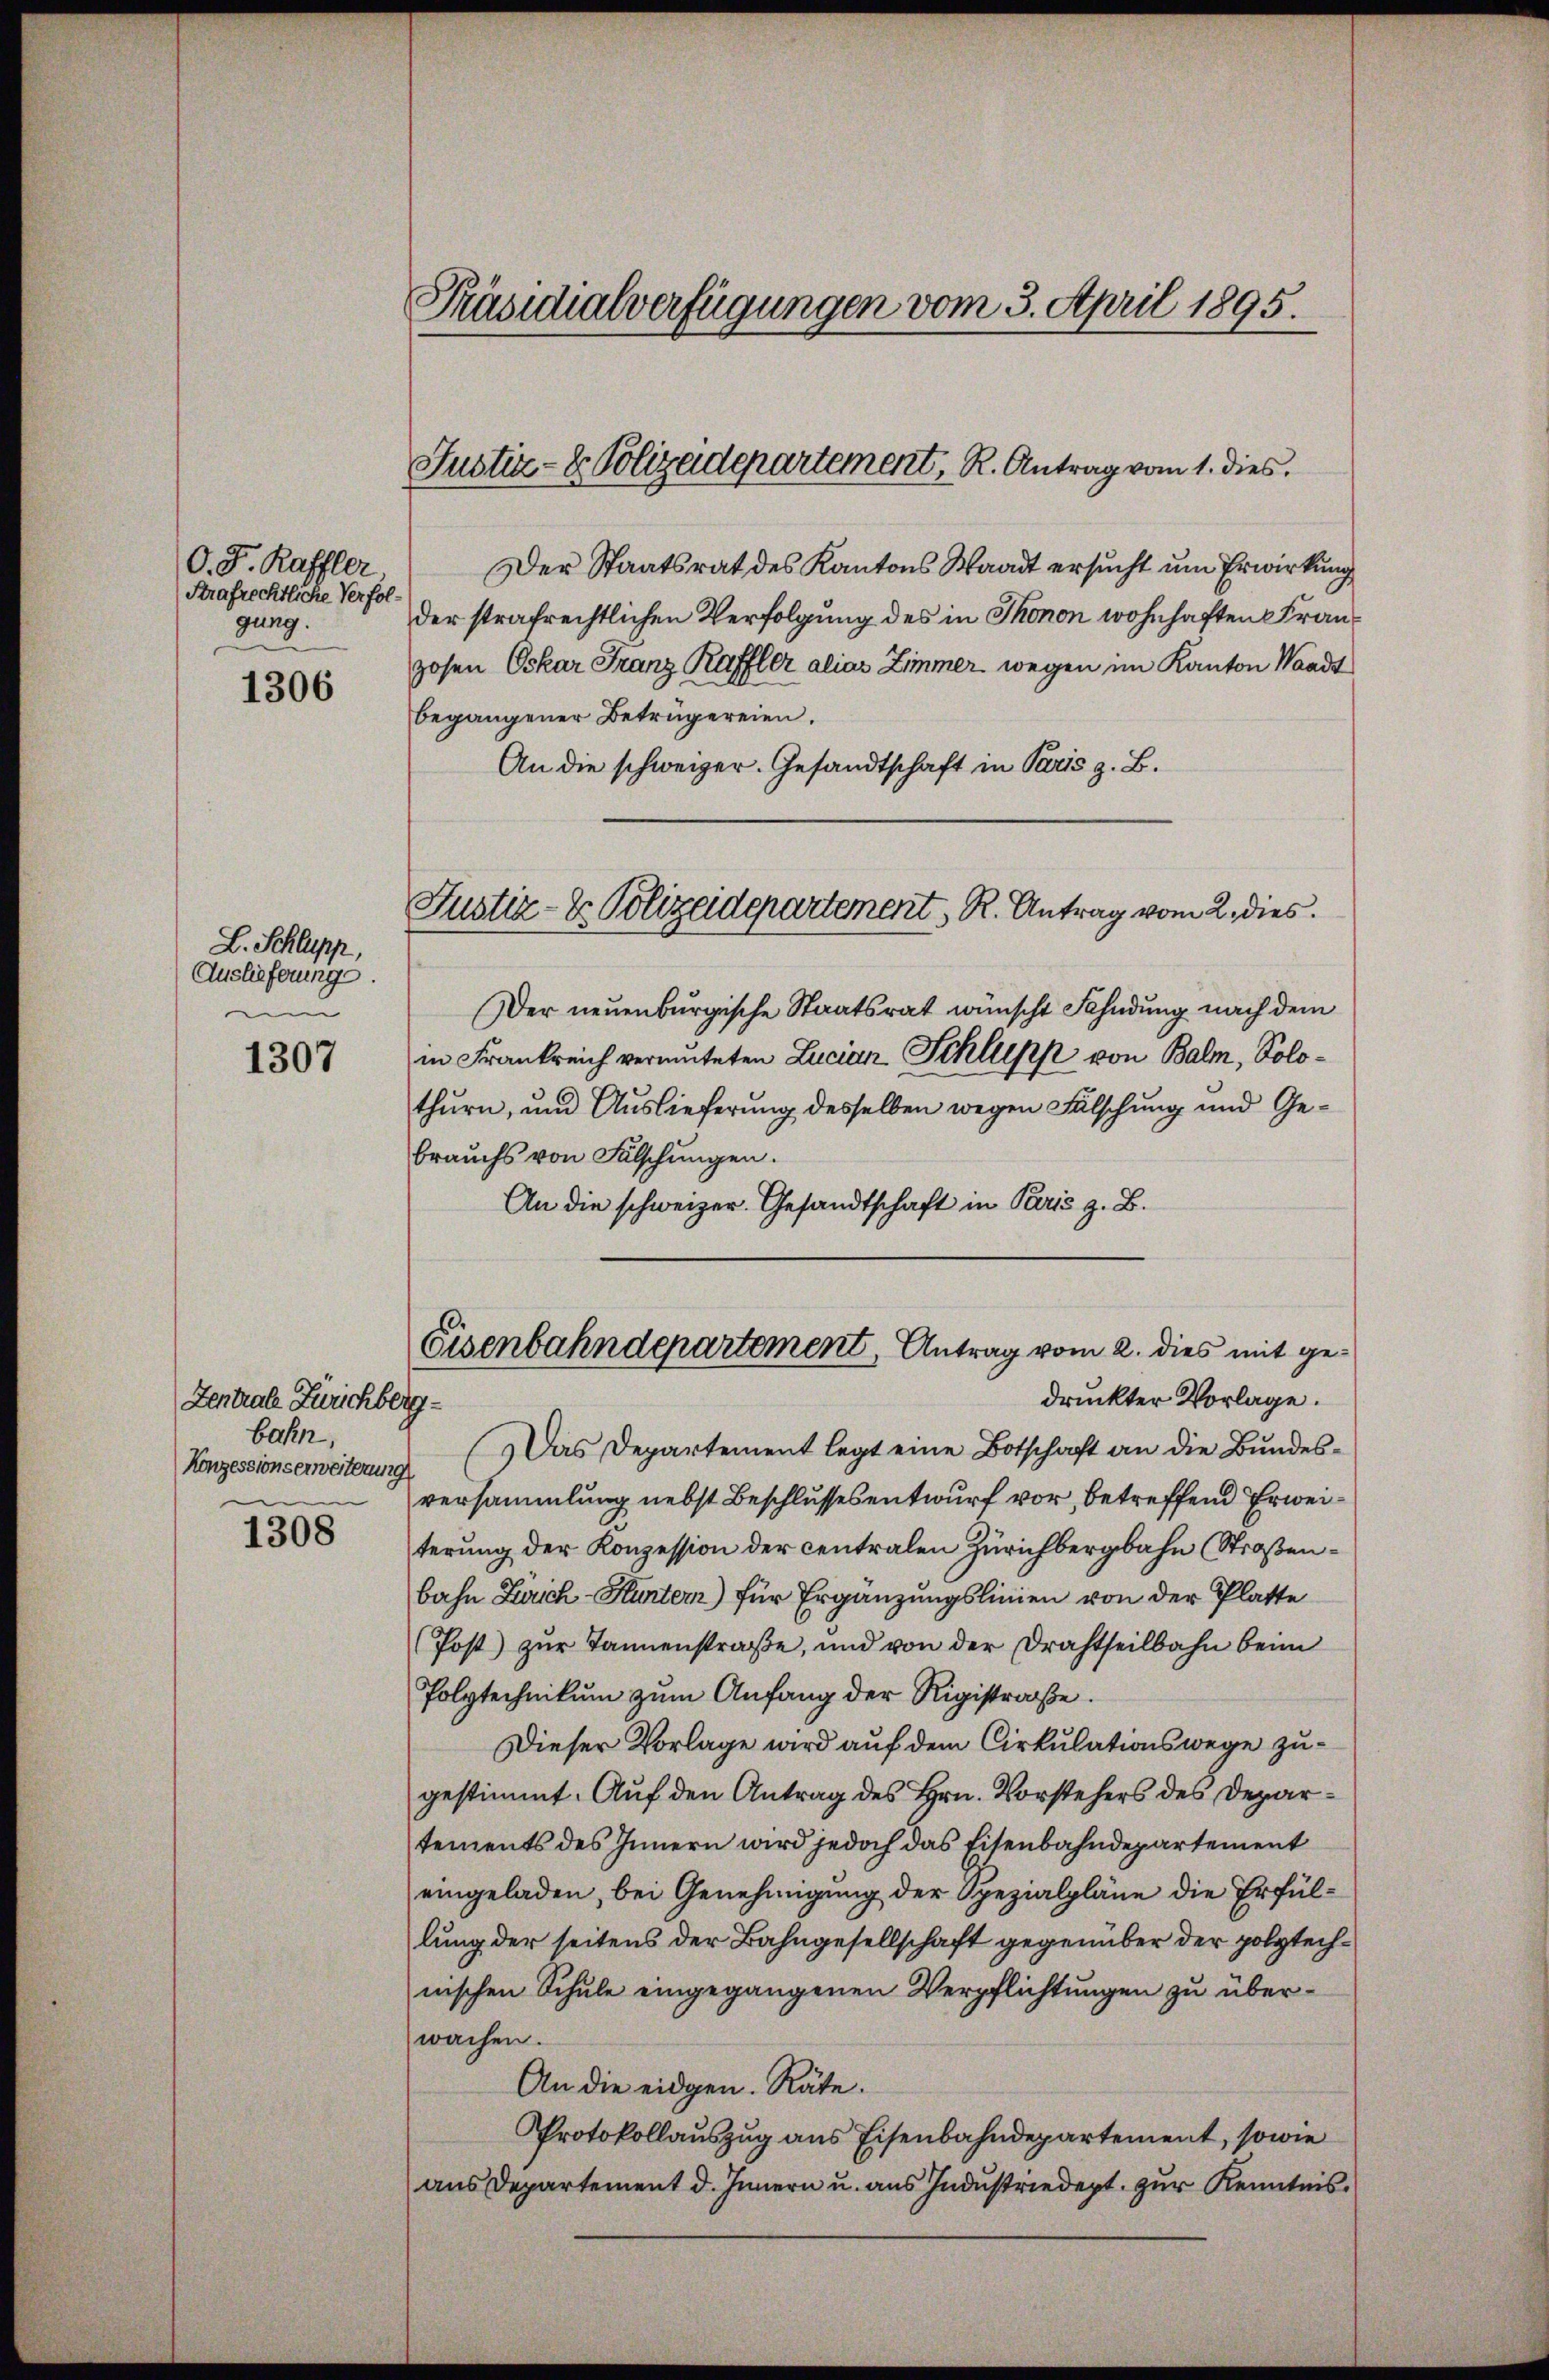
O. J. Raffler
Strafrechtliche Verfol
gung.

1306

L. Schlupp,
Auslieferunge

1307

Zentrale Zürichberg-
bahn,
Konzessionserweiterung

1308

Präsidialverfügungen vom 3. April 1895.

Justiz- & Polizeidepartement, R. Antrag vom 1. dies

Der Staatsrat des Kantons Waadt ersucht um Erwirkung
der strafrechtlichen Verfolgung des in Thonen wohnhaften Franzosen Oskar Franz Raffler alias Zimmer wegen im Kanton Waadt
begangener Betrügereien.
An die schweizer. Gesandtschaft in Paris z. B.
Justiz- & Polizeidepartement, R. Antrag vom 2. dies
Der neuenburgische Staatsrat wünscht Fahndung nach dem
in Frankreich vermuteten Lucian Schlepp von Balm, Solothurn, und Auslieferung desselben wegen Fälschung und Gebrauchs von Fälschungen.
An die schweizer Gesandtschaft in Paris z. B.

Eisenbahndepartement, Antrag vom 2. dies mit gedruckter Vorlage.

Das Departement legt eine Botschaft an die Bundesversammlung nebst Beschlussesentwurf vor, betreffend Erweiterung der Konzession der centralen Zürichbergbahn (Straßenbahn Zürich-Huntern) für Ergänzungslinien von der Platte
(Post zur Tannenstraße, und von der Drahtheilbahn beim
Polytechnikum zum Anfang der Rigistraße.
Dieser Vorlage wird auf dem Cirkulationswege zugestimmt. Auf den Antrag des Hrn. Vorstehers des Departements des Innern wird jedoch das Eisenbahndepartement
eingeladen, bei Genehmigung der Spezialpläne die Erfüllung der seitens der Bahngesellschaft gegenüber der polytechnischen Schule eingegangenen Verpflichtungen zu überwachen.
An die eidgen. Räte.
Protokollauszug aus Eisenbahndepartement, sowie
aus Departement d. Innern u. aus Industriedept. zur Kenntnis¬